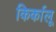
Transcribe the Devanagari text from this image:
किर्कालू